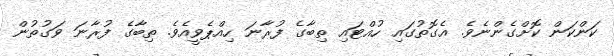
ކަންކަން ކޮށްގެންނެވެ. އެގޮތުގައި ހުއްޓައި ތިބާގެ ފުރާނަ ހިއްޕެވީއެވެ. ތިބާގެ ފުރާނަ ވަގުތުން